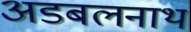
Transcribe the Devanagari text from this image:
अडबलनाथ